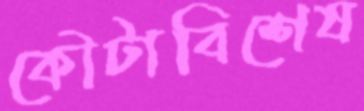
কৌটাবিশেষ